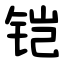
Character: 铠